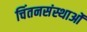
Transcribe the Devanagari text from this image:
चिंतनसंस्थाओं